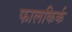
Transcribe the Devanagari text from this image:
फालकिर्क